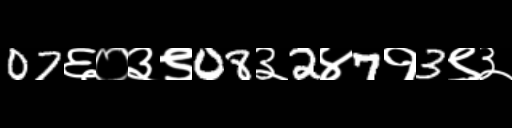
Text: 07६०३९08३2४7१3९३